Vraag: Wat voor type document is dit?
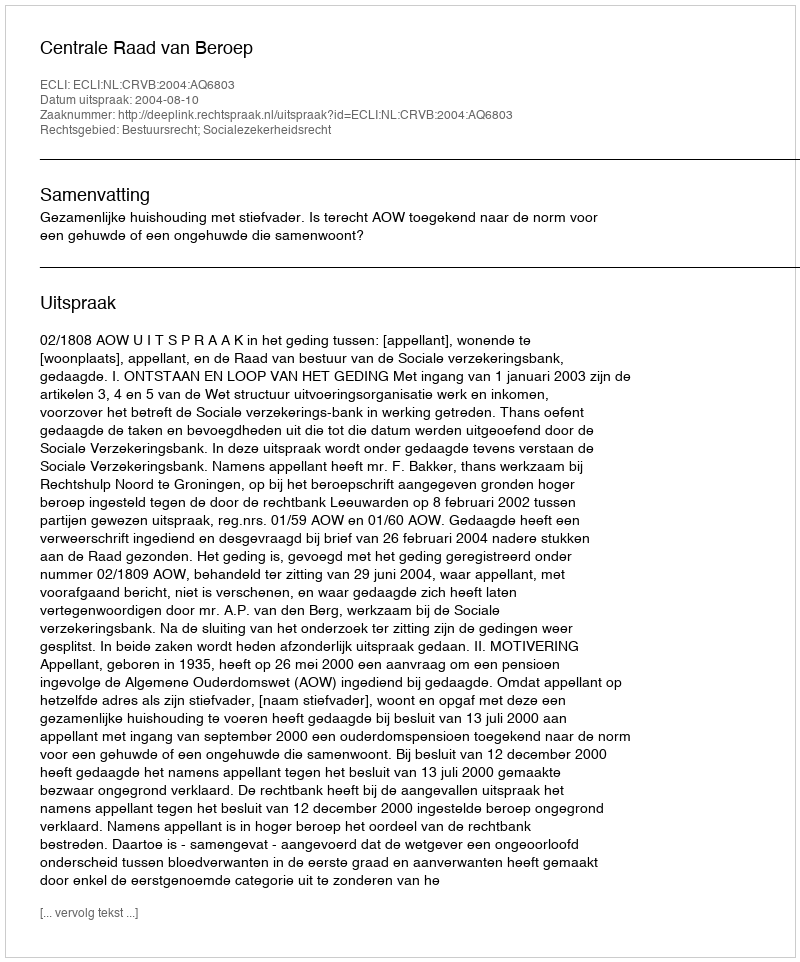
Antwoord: Uitspraak